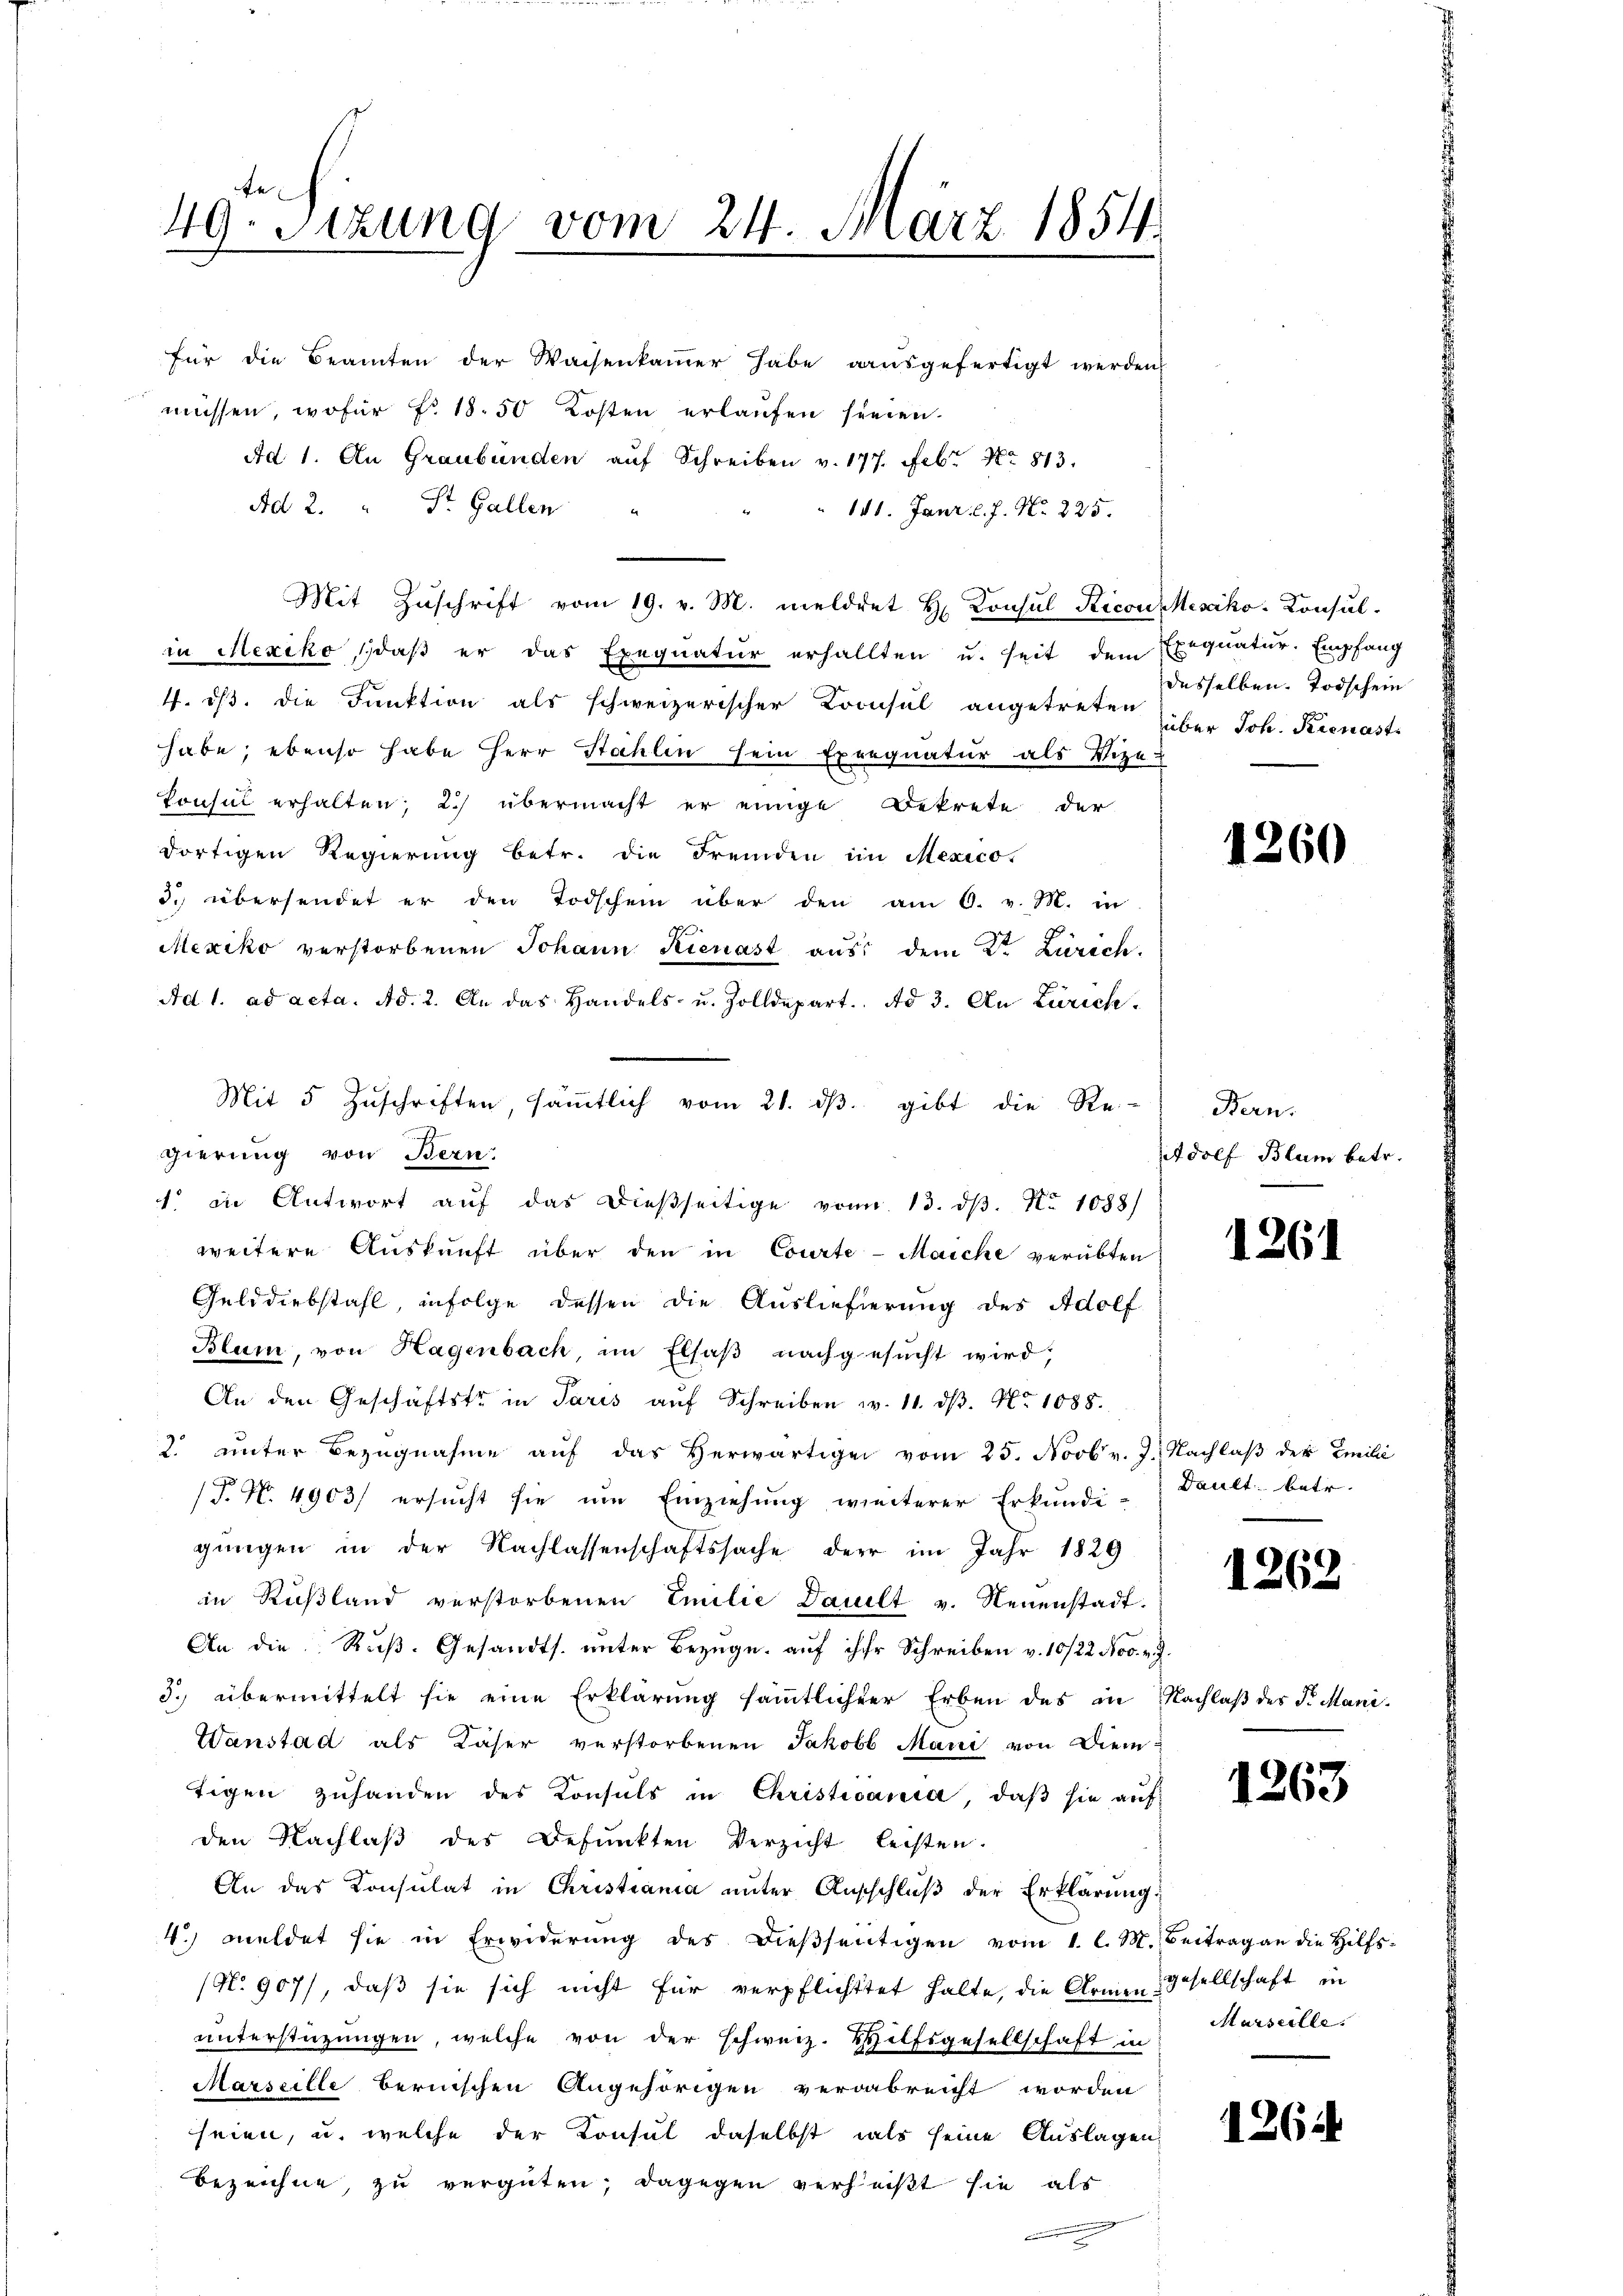
fe
49. Sitzung vom 24. März 1854

für die Beamten der Waisenkammer habe ausgefertigt werden
müssen, wofür Fr. 18. 50 Kosten erlaufen seinen.
Ad 1. An Graubünden aŭf Schreiben v. 177. Febr. No. 813.
Ad 2. St. Gallen
111. Janr. l. J. N. 225.
Mit Zŭschrift vom 19. v. M. meldet H. Konsul Ricon Mesciko-Konsulin Mexiko, daß er das Exequatur erhallten u. seit dem Exequatur. Empfang
4. ds. die Funktion als schweizerischer Kronsul angetreten über Joh. Kienast
habe; ebenso habe Herr Stählen sein Exrequatur als Vize-
Consul erhalten; 2.) übermacht er einige Bekrete der
dortigen Regierung betr. die Fremden im Mexico-
3. übersendet er den Todschein über den am 6. v. M. in
Mexiko verstorbenen Johann Kienast aus dem 2ten Zurech
Ad 1. ad acta. Ad. 2. An das Handels- u. Zolldepart. Ad 3. An Zürich.
1. in Antwort aŭf das dießseitige von 13. dβ. No 1088/
weitere Auskunft über den in Courte-Maiche verübten
Gelddiebstahl, infolge dessen die Auslieferung des Adolf
Blum, von Hagenbach, im Elsaß nachgesucht wird,
An den Geschäftste in Paris aŭf Schreiben v. 11. dβ. No 1088.
2. unter Bezŭgnahme aŭf das herwärtiger vom 25. Novbr. J. Nachlaβ der Emilić
(T. N. 4903/ ersucht sie um Einziehung weiterer Erkundi-
gungen in der Nachlassenschaftssache der im Jahr 1829
in Rußland verstorbenen Emilie Dault v. Neuenstadt.
An die Ruß. Gesandts. unter Bezuge, auf ihrer Schreiben v. 10/22. Nov. v. J.
3. übermittelt sie eine Erklärŭng sämtlicher Erben des in Nachlaβ des S. Mani-
Wanstad als Käser verstorbenen Jakobb Mani von Dien
tigen zuhanden des Konsuls in Christiania, daß sie auf
den Nachlaβ des Befunkten Verzicht leisten.
An das Konsulat in Christiania unter Ausschlŭβ der Erklärung
4.) Meldet sie in Erwiderŭng des dieβheŭtigen vom 1. l. M. Beitrag an die Hilfs-
(N. 907), daß sie sich nicht für verpflichttet halte, die Armengesellschaft in
unterstüzungen, welche von der schweiz. Hilfsgesellschaft in
Marseille bernischen Angehörigen verabreicht worden
seien, u. welche der Konsul daselbst als seine Auslagen
bezeichne, zu vergüten; dagegen verheißt sie als
e

Mit 5 Zŭschriften, sämtlich vom 21. dβ. gibt die Re-
gierung von Bern:

desselben. Todschein

1260

Bern.
AAdolf Blum betr.

1261

Dault, betr.

1262

1263

Marseille.

1264